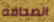
الصحافه